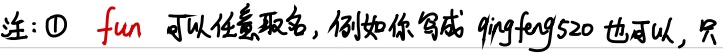
注：\textcircled{1} \(fun\) 可以任意取名，例如你写成 \(qingfeng520\) 也可以，只